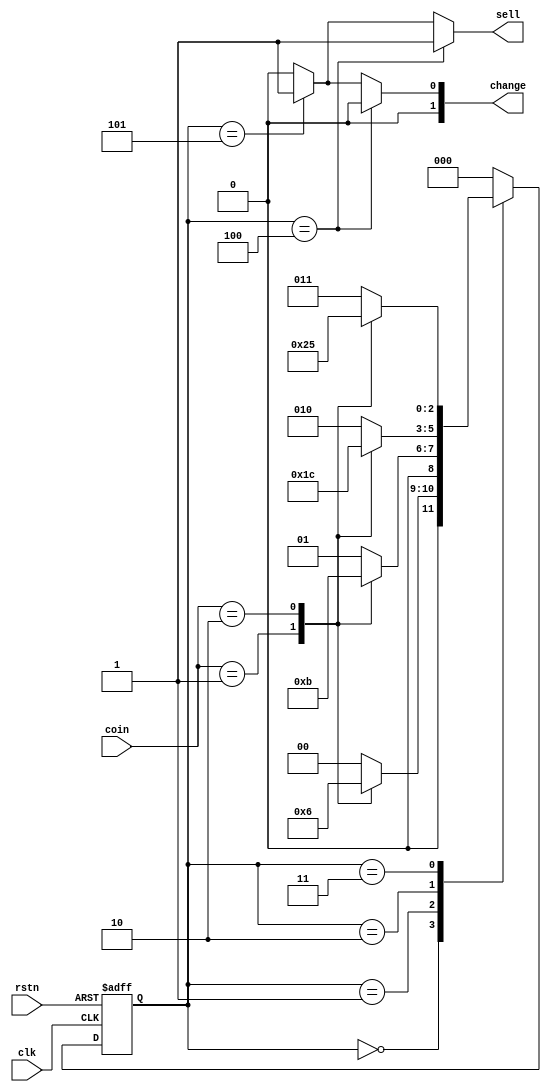
//vending-machine
// 2 yuan for a bottle of drink
// only 2 coins supported: 5 jiao and 1 yuan
// finish the function of selling and changing

module  vending_machine_moore
    (
        input           clk ,
        input           rstn ,
        input [1:0]     coin ,     //01 for 0.5 jiao, 10 for 1 yuan

        output [1:0]    change ,
        output          sell    //output the drink
     );

   //machine state decode
   parameter            IDLE   = 3'd0 ;
   parameter            GET05  = 3'd1 ;
   parameter            GET10  = 3'd2 ;
   parameter            GET15  = 3'd3 ;
   // new state for moore state-machine
   parameter            GET20  = 3'd4 ;
   parameter            GET25  = 3'd5 ;

   //machine variable
   reg [2:0]            st_next ;
   reg [2:0]            st_cur ;

   //(1) state transfer
   always @(posedge clk or negedge rstn) begin
      if (!rstn) begin
         st_cur      <= 'b0 ;
      end
      else begin
         st_cur      <= st_next ;
      end
   end

   //(2) state switch, using block assignment for combination-logic
   always @(*) begin    //all case items need to be displayed completely
      case(st_cur)
        IDLE:
          case (coin)
            2'b01:     st_next = GET05 ;
            2'b10:     st_next = GET10 ;
            default:   st_next = IDLE ;
          endcase
        GET05:
          case (coin)
            2'b01:     st_next = GET10 ;
            2'b10:     st_next = GET15 ;
            default:   st_next = GET05 ;
          endcase

        GET10:
          case (coin)
            2'b01:     st_next = GET15 ;
            2'b10:     st_next = GET20 ;
            default:   st_next = GET10 ;
          endcase
        GET15:
          case (coin)
            2'b01:     st_next = GET20 ;
            2'b10:     st_next = GET25 ;
            default:   st_next = GET15 ;
          endcase
        GET20:         st_next = IDLE ;
        GET25:         st_next = IDLE ;
        default:       st_next = IDLE ;
      endcase // case (st_cur)
   end // always @ (*)

   /*
   // (3) output logic,
   // one cycle delayed when using non-block assignment
   reg  [1:0]   change_r ;
   reg          sell_r ;
   always @(posedge clk or negedge rstn) begin
      if (!rstn) begin
         change_r       <= 2'b0 ;
         sell_r         <= 1'b0 ;
      end
      else if (st_cur == GET20 ) begin
         sell_r         <= 1'b1 ;
      end
      else if (st_cur == GET25) begin
         change_r       <= 2'b1 ;
         sell_r         <= 1'b1 ;
      end
      else begin
         change_r       <= 2'b0 ;
         sell_r         <= 1'b0 ;
      end
   end
*/

   // (3.2) output logic, using block assignment
   reg  [1:0]   change_r ;
   reg          sell_r ;
   always @(*) begin
      change_r  = 'b0 ;
      sell_r    = 'b0 ;         //if not list all condition, initializing them
      if (st_cur == GET20 ) begin
         sell_r         = 1'b1 ;
      end
      else if (st_cur == GET25) begin
         change_r       = 2'b1 ;
         sell_r         = 1'b1 ;
      end
   end

   assign       sell    = sell_r ;
   assign       change  = change_r ;

endmodule